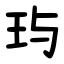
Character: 玙